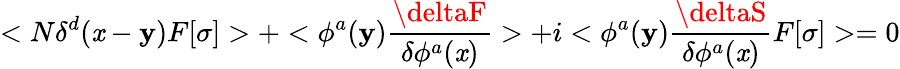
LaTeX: <N\delta^{d}(\mathit{x}-\mathbf{y})F[\sigma]>+<\phi^{a}(\mathbf{y}){\frac{{\deltaF}}{{\delta\phi^{a}(\mathit{x})}}}>+i<\phi^{a}(\mathbf{y}){\frac{{\deltaS}}{{\delta\phi^{a}(\mathit{x})}}}F[\sigma]>=0